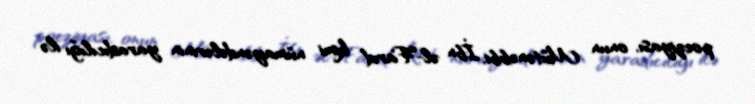
poeziyası, onun Mütənəbbi, İbn əl-Farıd kimi nümayəndələrinin yaradıcılığı ilə